65_HS1-834228961_62-HQ-83894_Section_6
Agency: FBI
Page 137
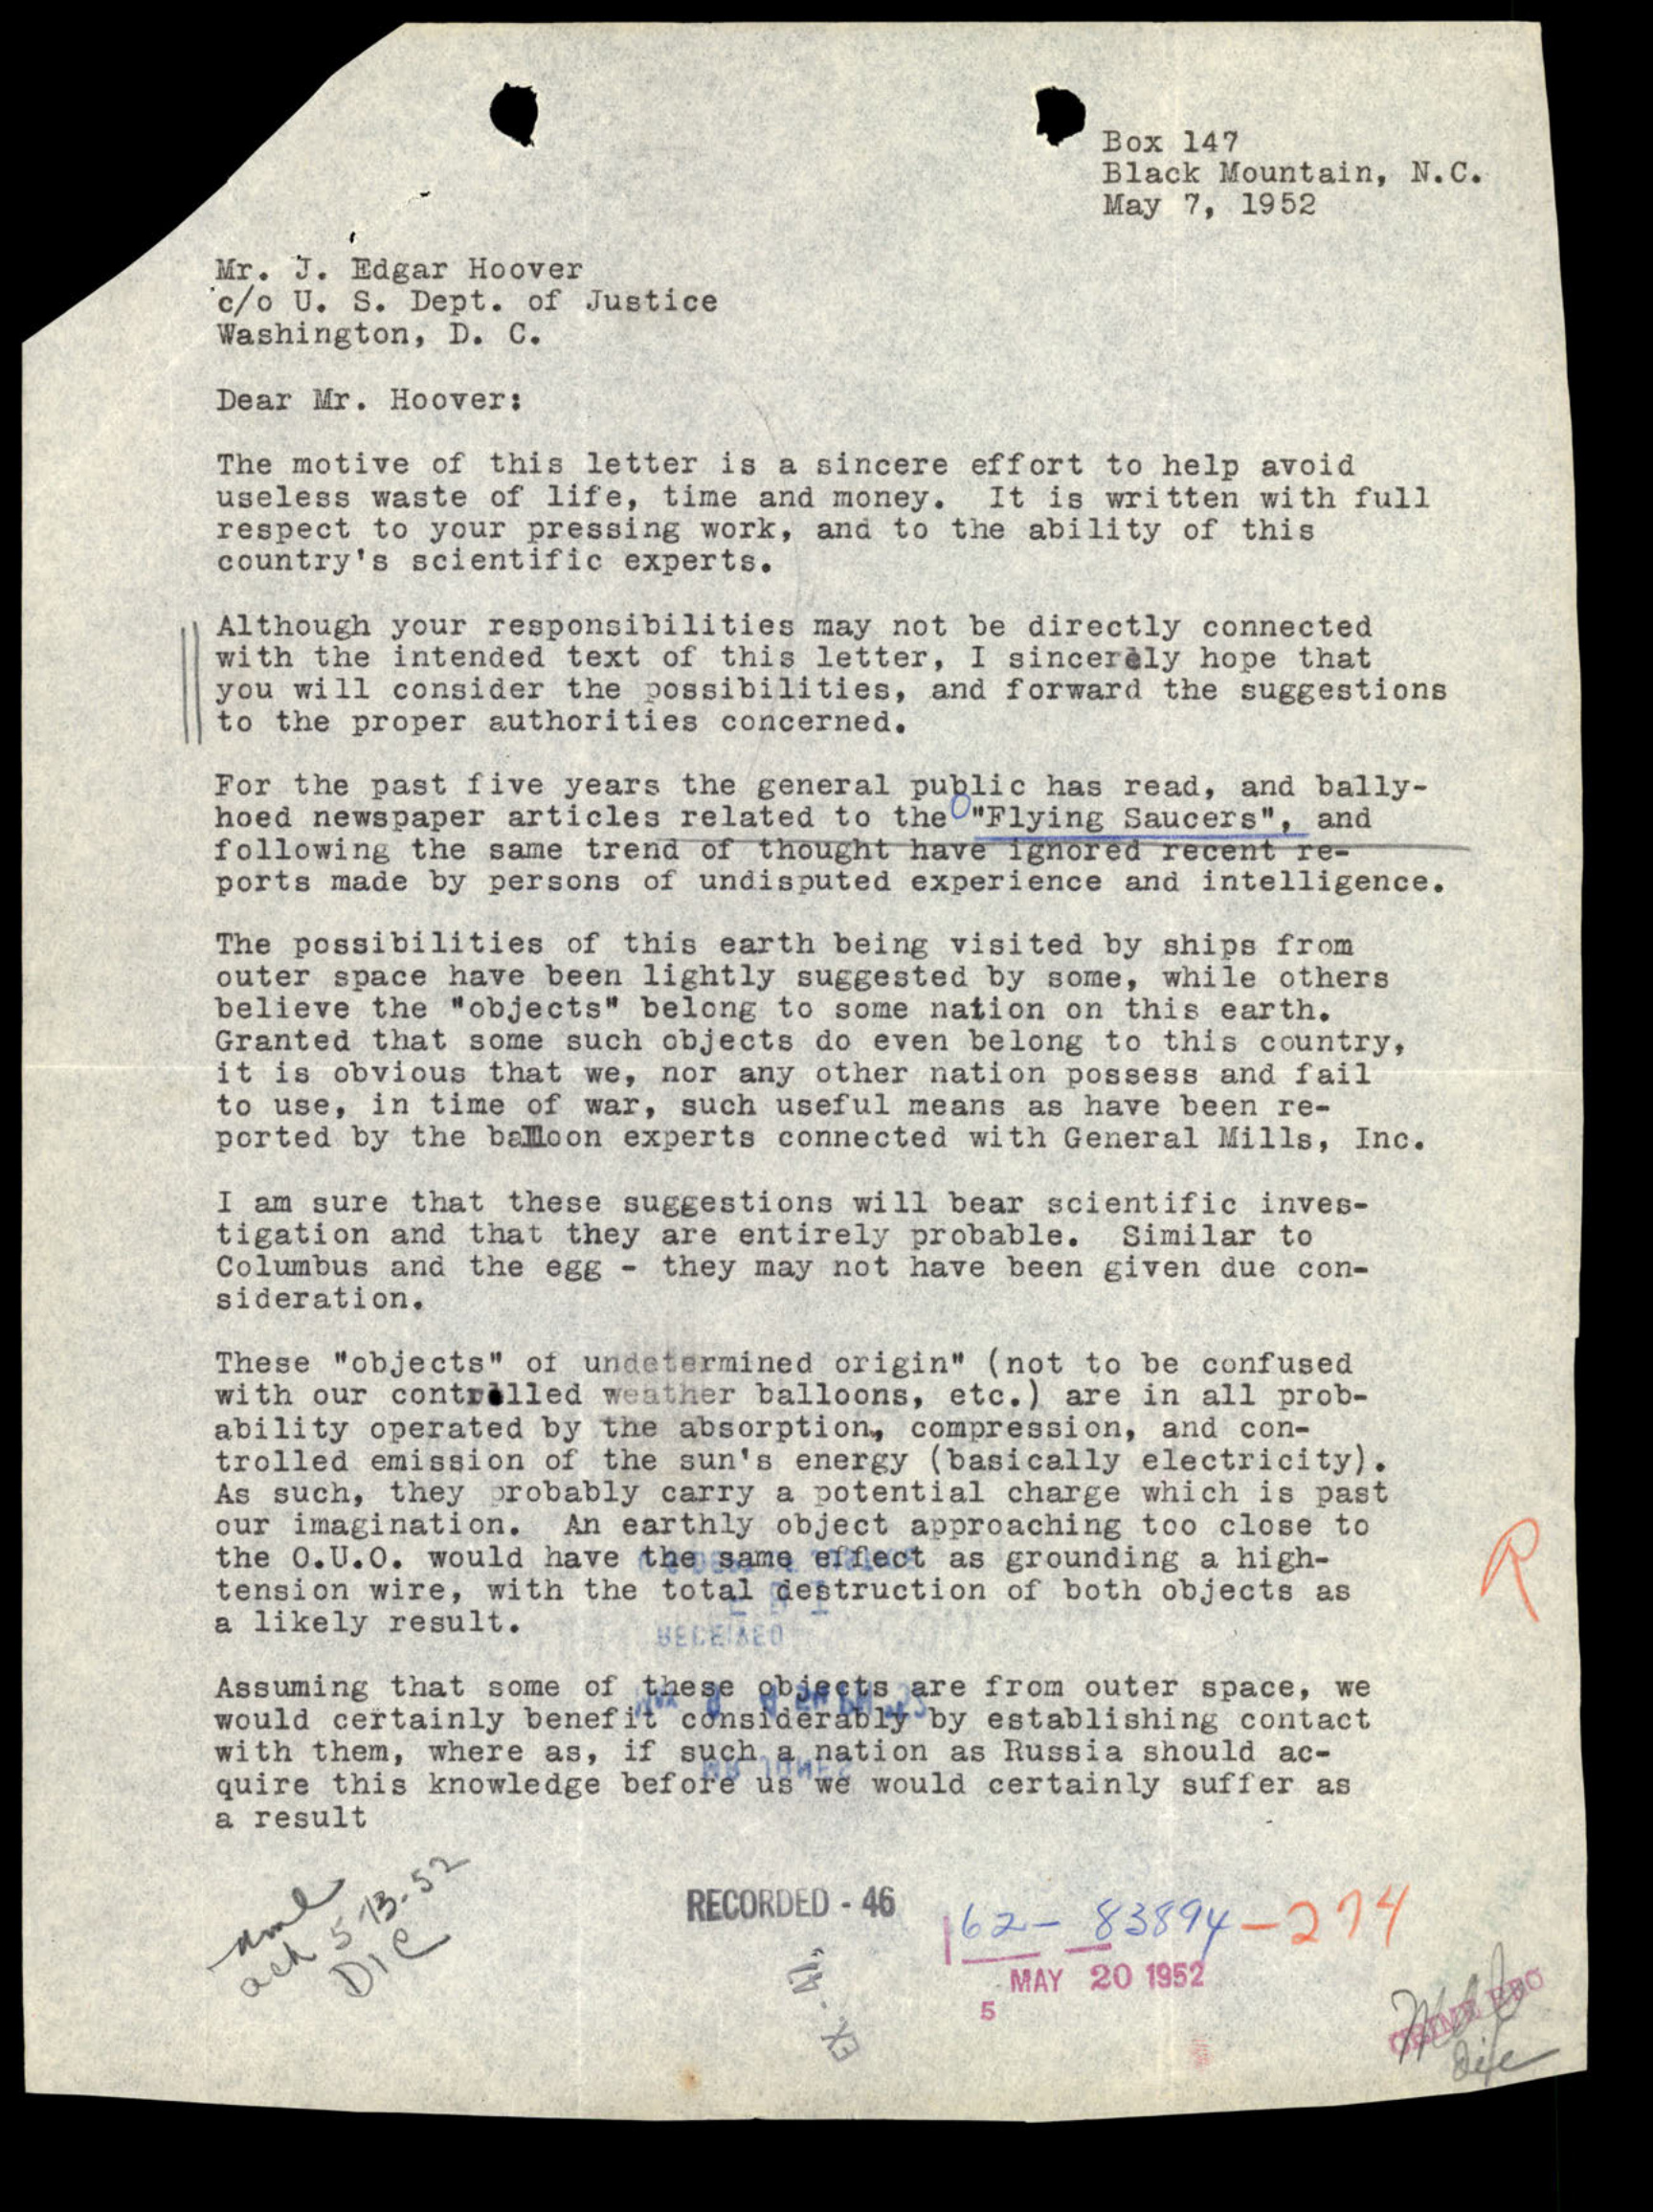